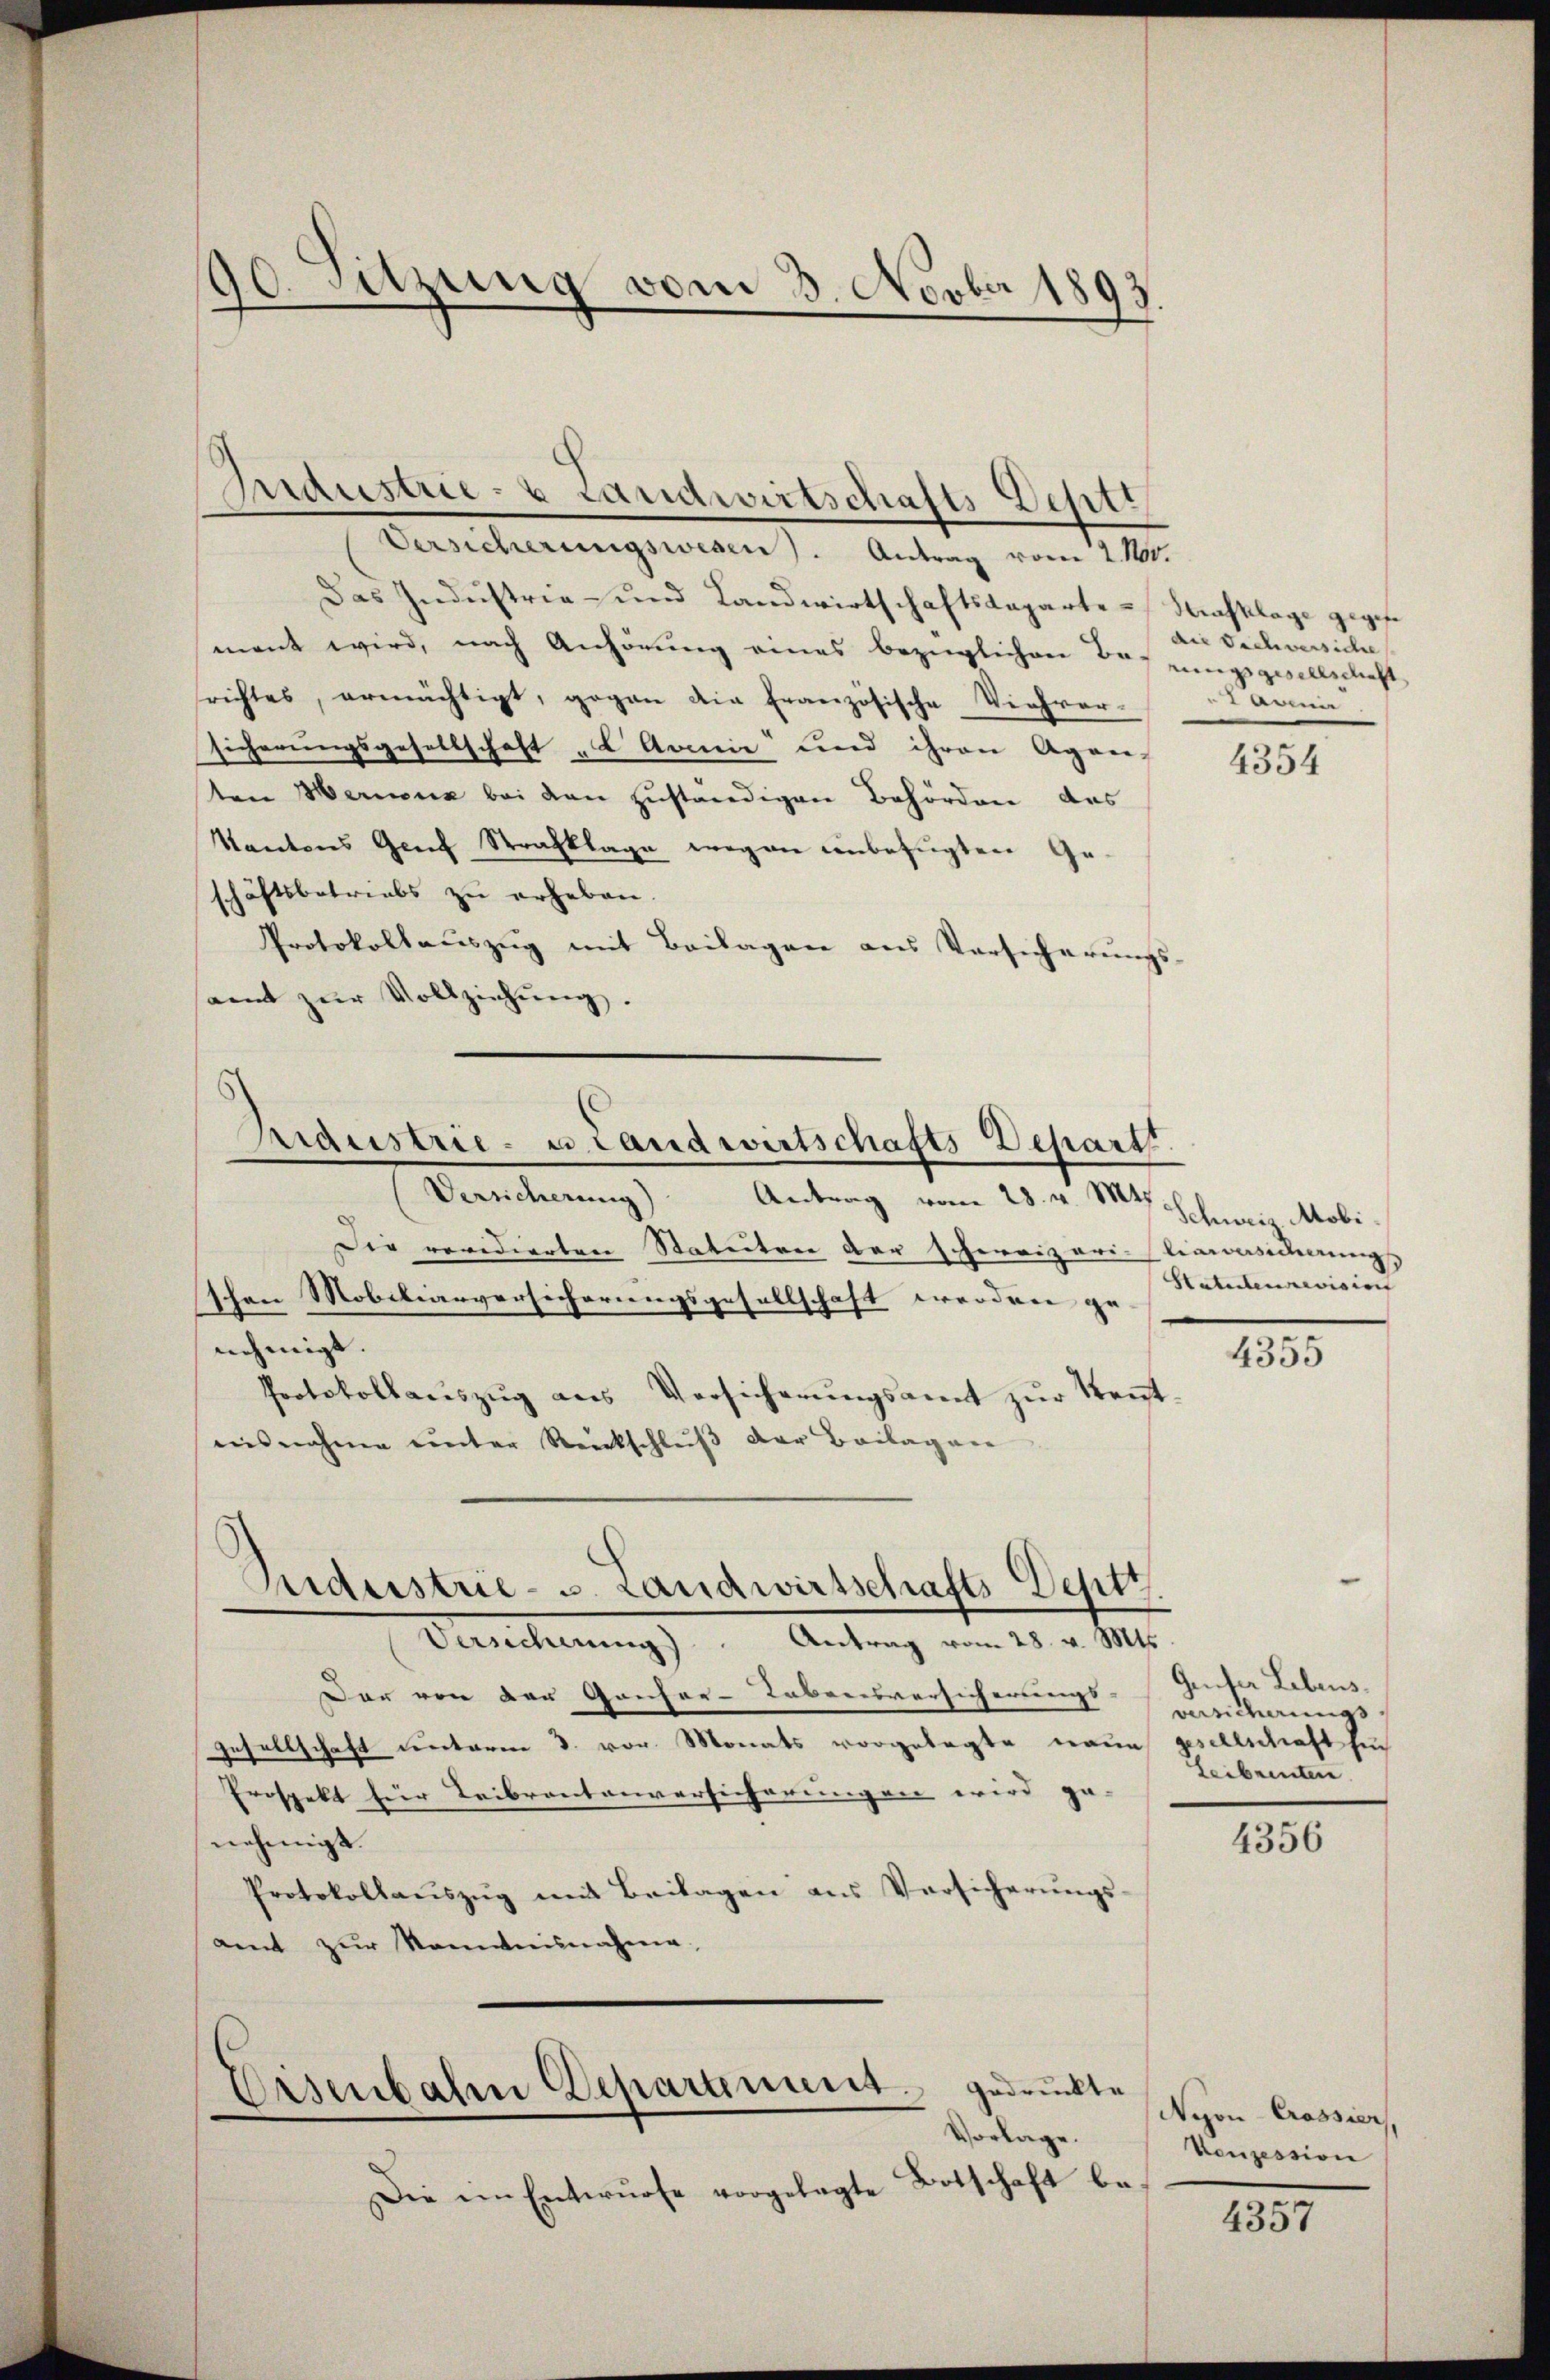
90. Sitzung vom 3. Novber 1893.

Industrie- & Landwirtschafts-Deptt
Versicherungswesen). Antrag vom 2. 1100.
Das Industria- und Landwirtschaftsdeparte Strafklage gegebe
mant wird, nach Anhörung eines bezüglichen Verungsgesellschaft
srichtes, ermächtigt, gegen die französische Viehrer Admi
sicherungsgesellschaft „C Arie und ihren Agen-
ten Merina bei den zuständigen Behörden des
Kantons Graf Strafklage wegen unbefugten Geschäftsbetriebs zŭ erheben.
Protokollauszug mit Beilagen aus Versicherungs-
samt zŭr Vollziehung.

Arraustrie- u Landwirtschafts-Depart

Dar von von Gonfor-Lebensversicherungs-
Gesellschaft unterm 3. vor. Monats vorgelegte neue gesellschaft such
Prospekt für Leibrentenversicherungen wird ge-
nehmigt.
Protokollaŭszŭg mit Beilagen aus Versicherŭngs-
amt zur Kommisnahme.

Eisenbahn Deparament gedruckte
Vorlage.

Die im Entwŭrfe vorgelegte Botschaft be-

Versicherung) Antrag vom 28. v. Mts.
Die revidierten Statuten der schweizeri-Einwasirungs |
schen Mobiliarversicherungsgesellschaft werden genehmigt
Protokollaŭszŭg ans Versicherŭngsamt zŭr Keṅt-
aisnahme unter Rückschluß der Beilagen
Siderstrie-S. Landwirtschafts-Deptt
Verscheung). Antrag vom 28. v. Mts.

die Dichversiche

4354

Schweiz. Mobi
Statuten revision

4355

Geufer Lebens.
versicherungs
Leibrenten.

4356

Nyon-Crassier,
Vonzession

4357